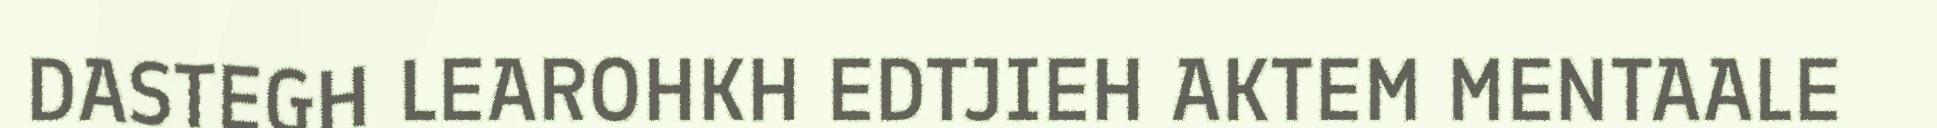
DASTEGH LEAROHKH EDTJIEH AKTEM MENTAALE